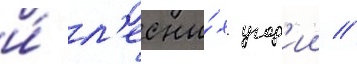
и́ л'есны́х угод'ии //